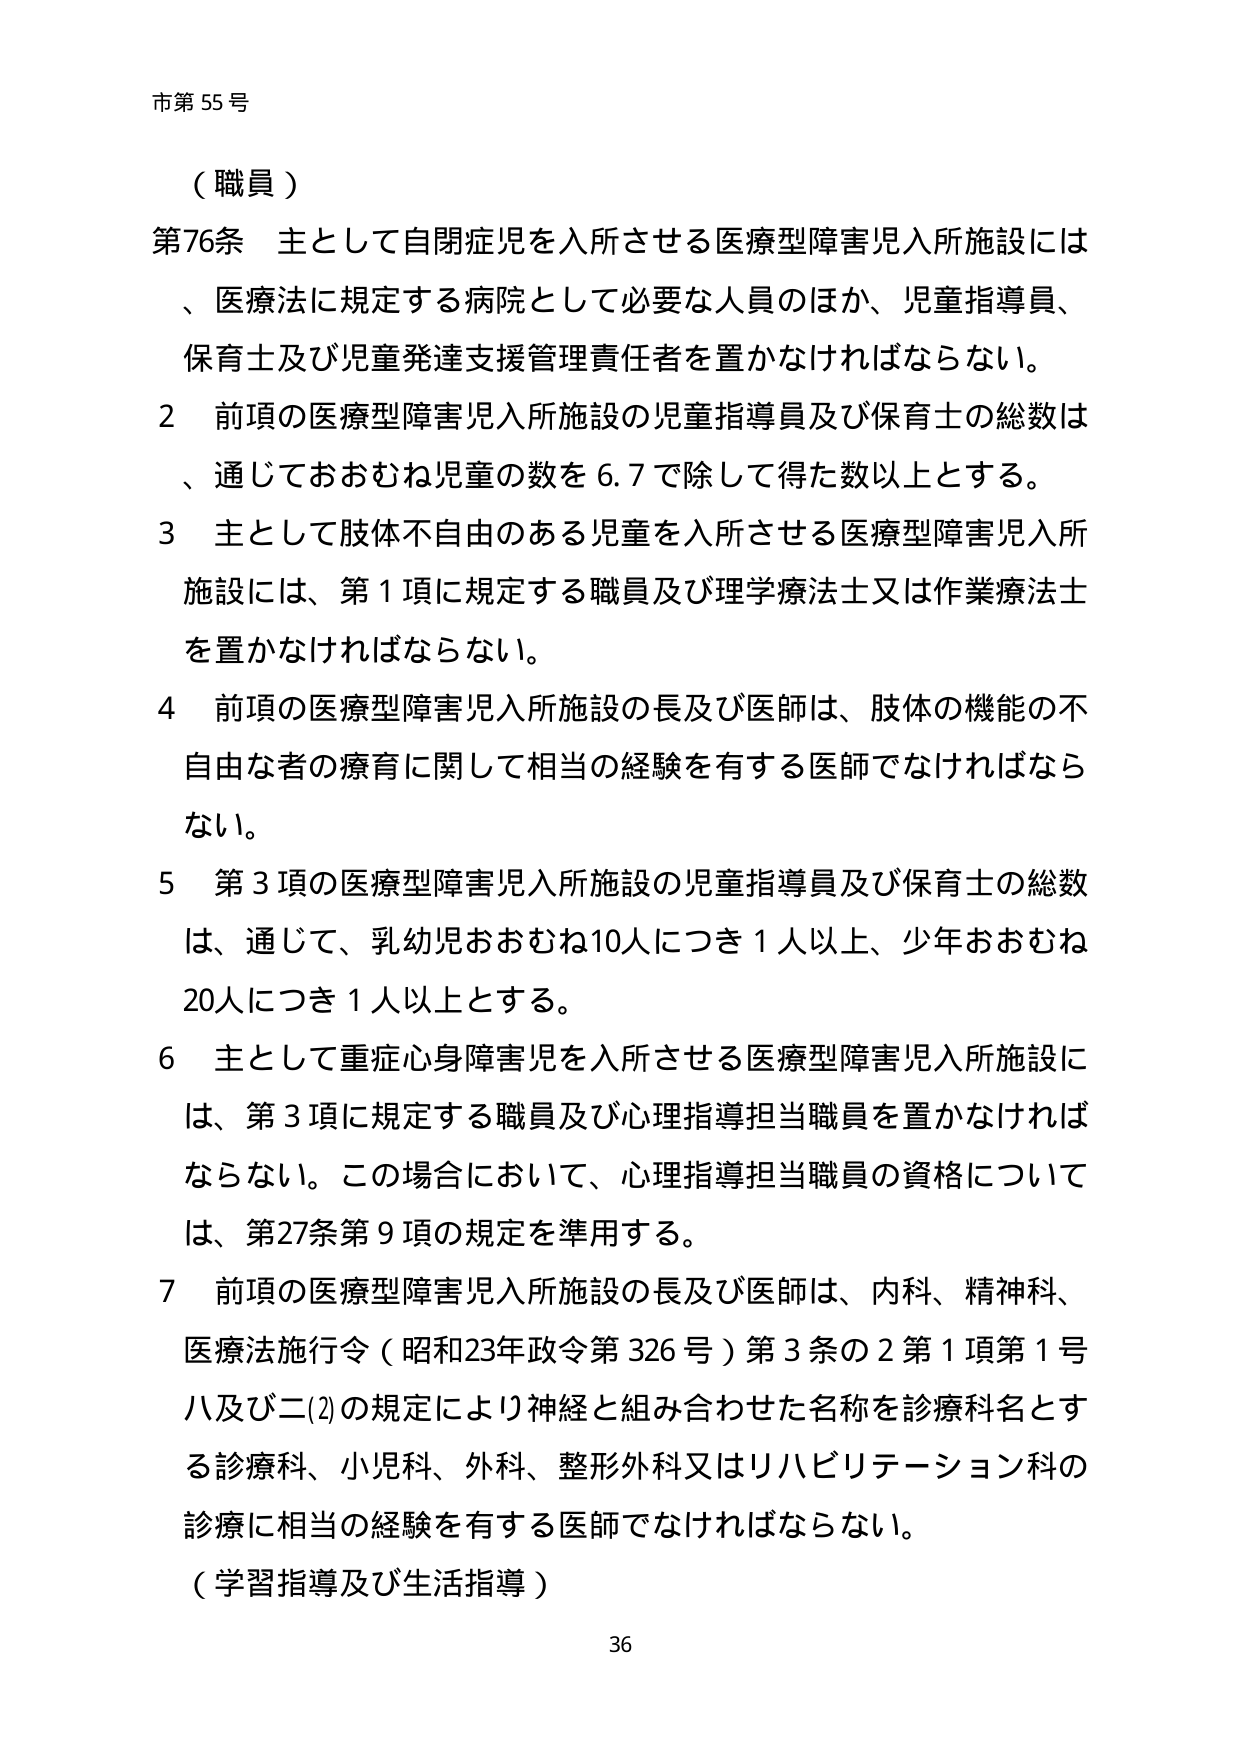
市第55号

（職員）

第76条 主として自閉症児を入所させる医療型障害児入所施設には、医療法に規定する病院として必要な人員のほか、児童指導員、保育士及び児童発達支援管理責任者を置かなければならない。

2 前項の医療型障害児入所施設の児童指導員及び保育士の総数は、通じておおむね児童の数を6.7で除して得た数以上とする。

3 主として肢体不自由のある児童を入所させる医療型障害児入所施設には、第1項に規定する職員及び理学療法士又は作業療法士を置かなければならない。

4 前項の医療型障害児入所施設の長及び医師は、肢体の機能の不自由な者の療育に関して相当の経験を有する医師でなければならない。

5 第3項の医療型障害児入所施設の児童指導員及び保育士の総数は、通じて、乳幼児おおむね10人につき1人以上、少年おおむね20人につき1人以上とする。

6 主として重症心身障害児を入所させる医療型障害児入所施設には、第3項に規定する職員及び心理指導担当職員を置かなければならない。この場合において、心理指導担当職員の資格については、第27条第9項の規定を準用する。

7 前項の医療型障害児入所施設の長及び医師は、内科、精神科、医療法施行令（昭和23年政令第326号）第3条の2第1項第1号ハ及びニ(2)の規定により神経と組み合わせた名称を診療科名とする診療科、小児科、外科、整形外科又はリハビリテーション科の診療に相当の経験を有する医師でなければならない。

（学習指導及び生活指導）

36